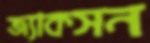
জ্যাকসন